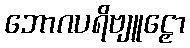
ဘောဂပရိဗျူဠှော